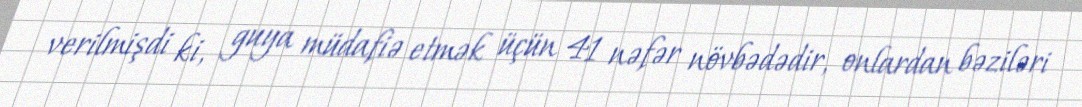
verilmişdi ki, guya müdafiə etmək üçün 41 nəfər növbədədir, onlardan bəziləri